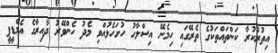
އިތުރުކުރާ ކަންތައްތަކުގެ ތެރޭގައި ހިމެނޭ އިސްލާހު ހުށަހެޅުއްވި މެދު ހެންވޭރު ދާއިރާގެ އެމްޑީޕީ